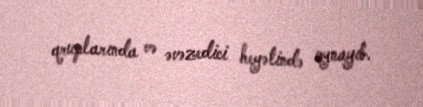
qruplarında və əvəzedici heyətində oynayıb.